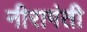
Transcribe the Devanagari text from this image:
नीरागंती